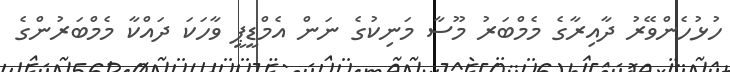
ހުޅުހެންވޭރު ދާއިރާގެ މެމްބަރު މޫސާ މަނިކުގެ ނަން އެމްޑީޕީ ވާހަކަ ދައްކާ މެމްބަރުންގެ